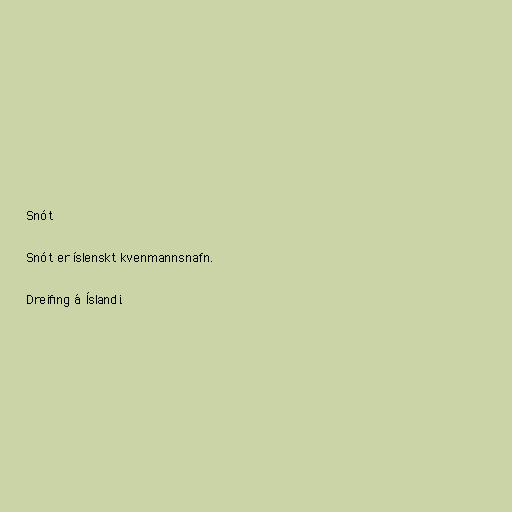
Snót

Snót er íslenskt kvenmannsnafn.

Dreifing á Íslandi.